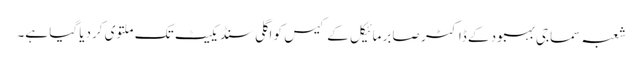
شعبہ سماجی بہبود کے ڈاکٹر صابر مائیکل کے کیس کو اگلی سنڈیکیٹ تک ملتوی کردیا گیا ہے۔